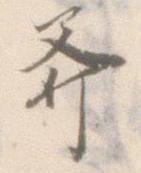
斧